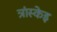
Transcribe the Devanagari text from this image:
त्रांस्केइ